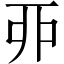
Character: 丣